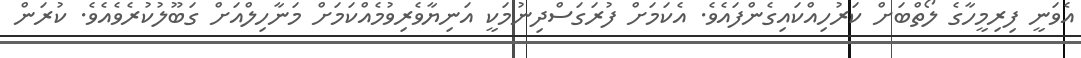
އެވަނީ ފިރިމީހާގެ ލޯތްބަށް ކަރުހިއްކައިގެންފައެވެ. އެކަމަށް ފުރަގަސްދިނުމަކީ އަނިޔާވެރިވުމެއްކަމަށް މަނާހިލްއަށް ގަބޫލުކުރެވެއެވެ. ކުރަން